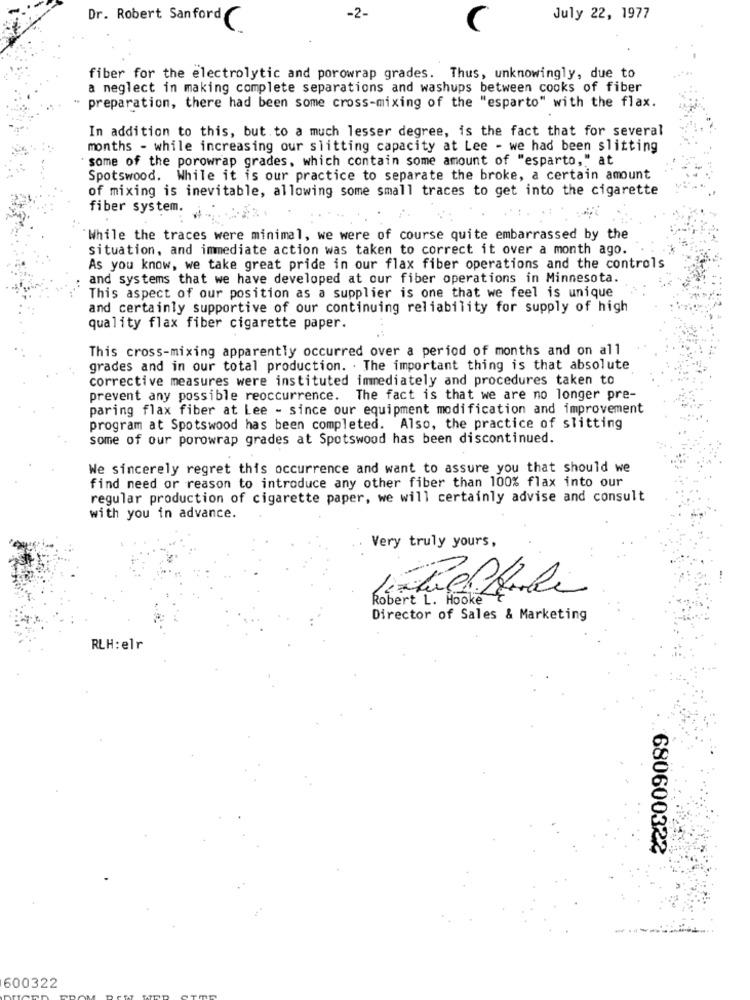
-2-
July 22, 1977
Dr. Robert Sanford C
fiber for the electrolytic and porowrap grades. Thus, unknowingly, due to
a neglect in making complete separations and washups between cooks of fiber
preparation, there had been some cross-mixing of the "esparto" with the flax.
In addition to this, but to a much lesser degree, is the fact that for several
months - while increasing our slitting capacity at Lee - we had been slitting
some of the porowrap grades, which contain some amount of "esparto," at
Spotswood. While it is our practice to separate the broke, a certain amount
of mixing is inevitable, allowing some small traces to get into the cigarette
fiber system.
While the traces were minimal, we were of course quite embarrassed by the
situation, and immediate action was taken to correct it over a month ago.
As you know, we take great pride in our flax fiber operations and the controls
and systems that we have developed at our fiber operations in Minnesota.
This aspect of our position as a supplier is one that we feel is unique
and certainly supportive of our continuing reliability for supply of high
quality flax fiber cigarette paper.
This cross-mixing apparently occurred over a period of months and on all
grades and in our total production. . The important thing is that absolute
corrective measures were instituted immediately and procedures taken to
prevent any possible reoccurrence. The fact is that we are no longer pre-
paring flax fiber at Lee - since our equipment modification and improvement
program at Spotswood has been completed. Also, the practice of slitting
some of our porowrap grades at Spotswood has been discontinued.
We sincerely regret this occurrence and want to assure you that should we
find need or reason to introduce any other fiber than 100% flax into our
regular production of cigarette paper, we will certainly advise and consult
with you in advance.
Very truly yours,
Robert L. Hooke
Director of Sales & Marketing
RLH:elr
680600322
600322